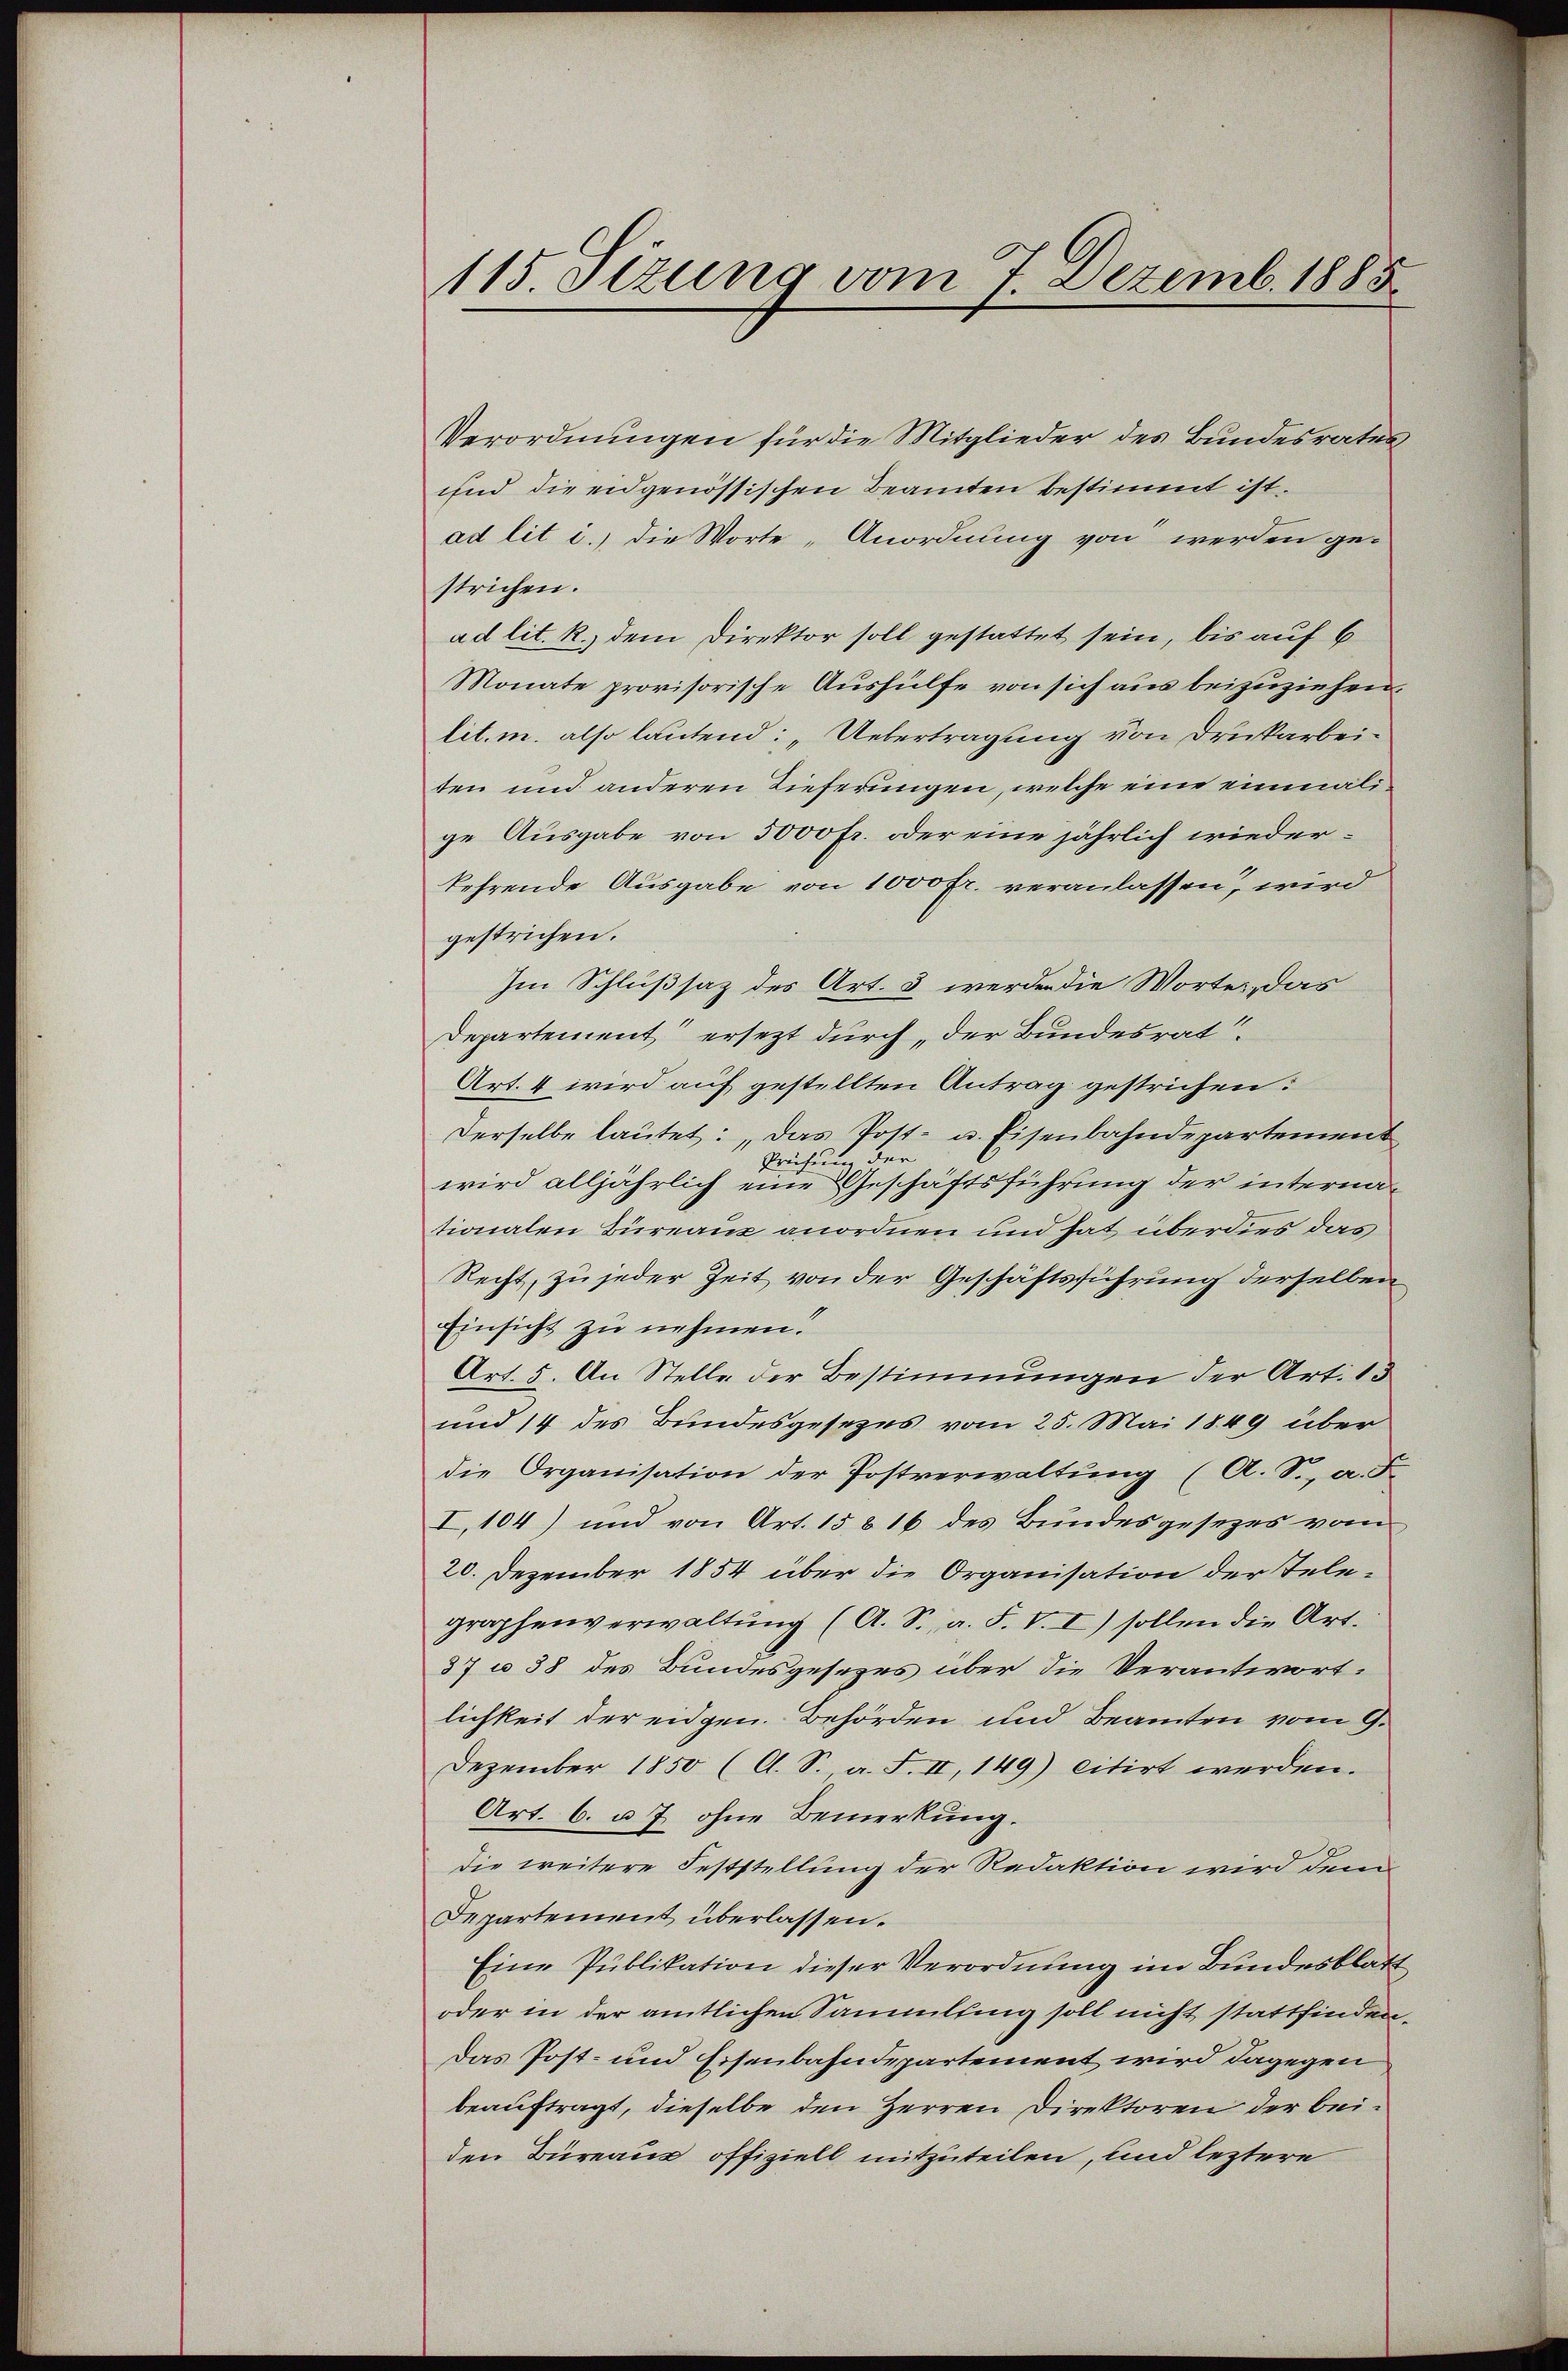
115. Sizung vom 7. Dezemb. 1885

Verordnungen für die Mitglieder des Bundesrates
und die eidgenössischen Beamten bestimmt ist.
ad lit i.) die Worte „Anordnung von werden ge-
strichen.
ad lit. R., dem Direktor soll gestattet sein, bis auf 6
Monate provisorische Aushülfe von sich aus beizuziehen,
lit. m. also lautend: „Uebertragung von Drukarbeiten und anderen Tieferungen, welche eine einmalige Ausgabe von 5000 Fr. oder eine jährlich wiederkehrende Ausgabe von 1000 fr. veranlassen, wird
gestrichen.
Im Schlußsaz des Art. 3 werden die Worte, das
Departement ersezt durch der Bundesrat
Art. 4 wird auf gestellten Antrag gestrichen:
Derselbe lautet: „Das Post- u. Eisenbahndepartement
Präfe des
wird alljährlich eine Geschäftsführung der internationalen Büreaus anordnen und hat überdies das
Recht, zu jeder Zeit von der Geschäftsführung derselben
Einsicht zu nehmen.
Art. 5. An Stelle der Bestimmungen der Art. 15
und 14 des Bundesgesezes vom 25. Mai 1849 über
die Organisation der Postverwaltung (A. S., a. F
I.104) und von Art. 15816 des Bundesgesezes vom
20. Dezember 1854 über die Organisation der Telegraphenverwaltŭng (A. S., a. F. V. I) sollen die Art.
37 u. 38 des Bundesgesezes über die Verantwort:
lichkeit der eidgen. Behörden und Beamten vom 9.
Dezember 1850 (O. S., a. F. II, 149) citirt werden.
Art. 6. u. 7. ohne Bemerkung.
die weitere Feststellung der Redaktion wird dem
Departement überlassen.
Eine Publikation dieser Verordnung im Bundesblatt
oder in der amtlichen Sammling soll nicht stattfinden.
Das Post- und Eisenbahndepartement wird dagegen
beauftragt, dieselbe den Herren Direktoren der beiden Büreaus offiziell mitzuteilen, und leztere